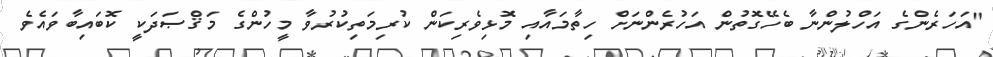
"އަހަރެންގެ އަހްލުންނާ ބެހޭގޮތުން އަހުރެންނަށް ހިތާމައާއި މޮޅިވެރިކަން ކުރިމަތިކުރުވާ މީހުންގެ މަޤްޞަދަކީ ކޮބައިބާވައެވެ